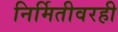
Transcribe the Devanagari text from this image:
निर्मितीवरही